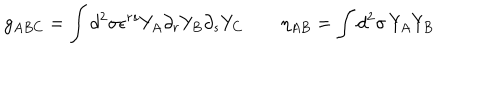
g _ { A B C } = \int d ^ { 2 } \sigma \epsilon ^ { r s } Y _ { A } \partial _ { r } Y _ { B } \partial _ { s } Y _ { C } \qquad \eta _ { A B } = \int d ^ { 2 } \sigma \, Y _ { A } Y _ { B }